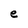
Character: e